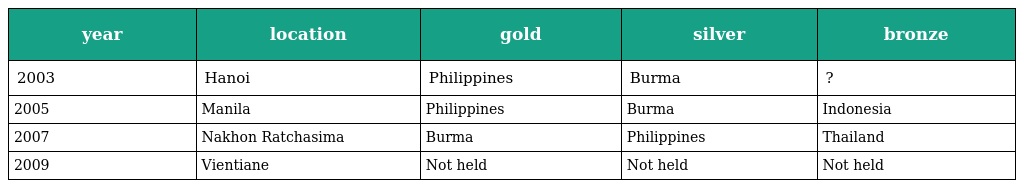
| year | location | gold | silver | bronze |
 | --- | --- | --- | --- | --- |
 | 2003 | Hanoi | Philippines | Burma | ? |
 | 2005 | Manila | Philippines | Burma | Indonesia |
 | 2007 | Nakhon Ratchasima | Burma | Philippines | Thailand |
 | 2009 | Vientiane | Not held | Not held | Not held |